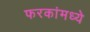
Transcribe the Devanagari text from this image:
फरकांमध्ये